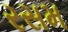
રસમ